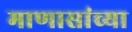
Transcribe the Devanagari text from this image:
माणासांच्या